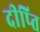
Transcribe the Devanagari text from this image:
दीप्‍ति